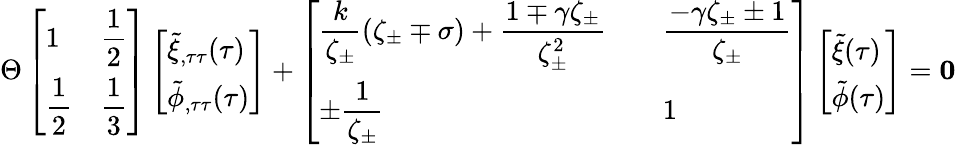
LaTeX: \Theta\left[\begin{array}{ll}{\displaystyle 1}&{\displaystyle\frac{1}{2}}\\ {\displaystyle\frac{1}{2}}&{\displaystyle\frac{1}{3}}\end{array}\right]\left[\begin{array}{l}{\displaystyle\tilde{\xi}_{,\tau\tau}(\tau)}\\ {\displaystyle\tilde{\phi}_{,\tau\tau}(\tau)}\end{array}\right]+\left[\begin{array}{ll}{\displaystyle\frac{k}{\zeta_{\pm}}(\zeta_{\pm}\mp\sigma)+\frac{1\mp\gamma\zeta_{\pm}}{\zeta_{\pm}^{2}}\quad}&{\displaystyle\frac{-\gamma\zeta_{\pm}\pm 1}{\zeta_{\pm}}}\\ {\displaystyle\pm\frac{1}{\zeta_{\pm}}}&{1}\end{array}\right]\left[\begin{array}{l}{\displaystyle\tilde{\xi}(\tau)}\\ {\displaystyle\tilde{\phi}(\tau)}\end{array}\right]=\boldsymbol{0}